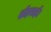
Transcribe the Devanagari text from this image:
दोहराई।